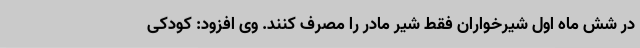
در شش ماه اول شیرخواران فقط شیر مادر را مصرف کنند. وی افزود: کودکی